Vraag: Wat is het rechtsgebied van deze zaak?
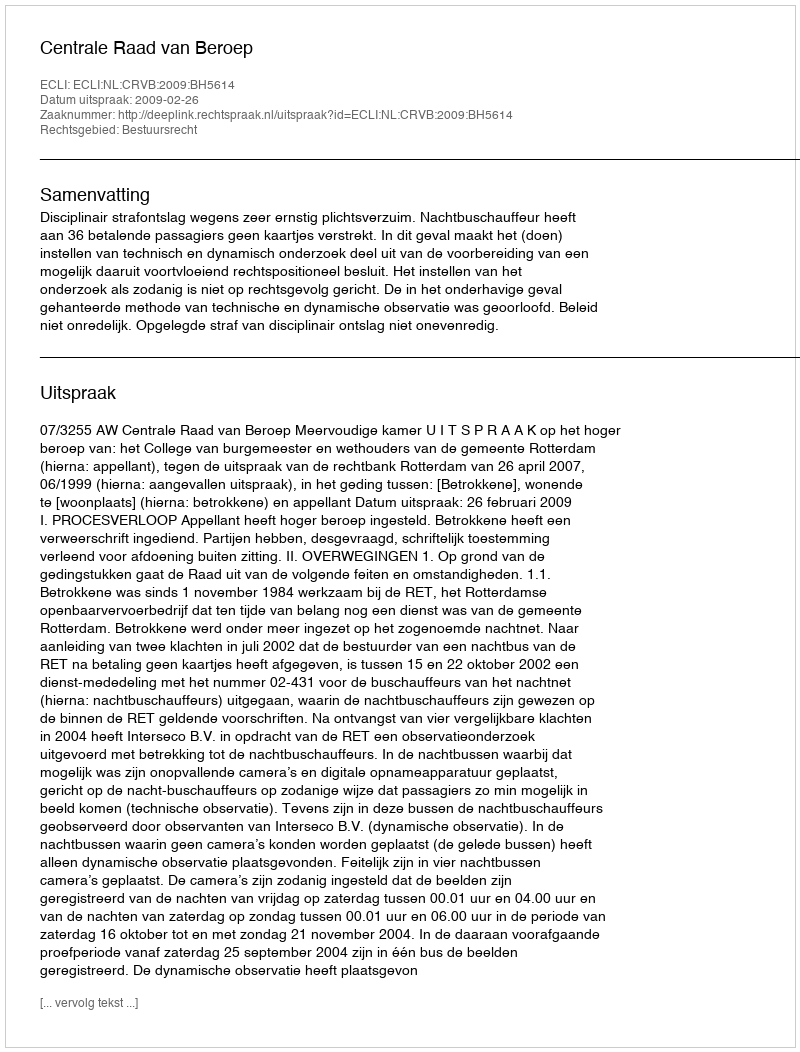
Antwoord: Bestuursrecht